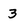
Character: 3